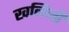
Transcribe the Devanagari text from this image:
खनिजी